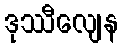
ဒုဿီလျေန